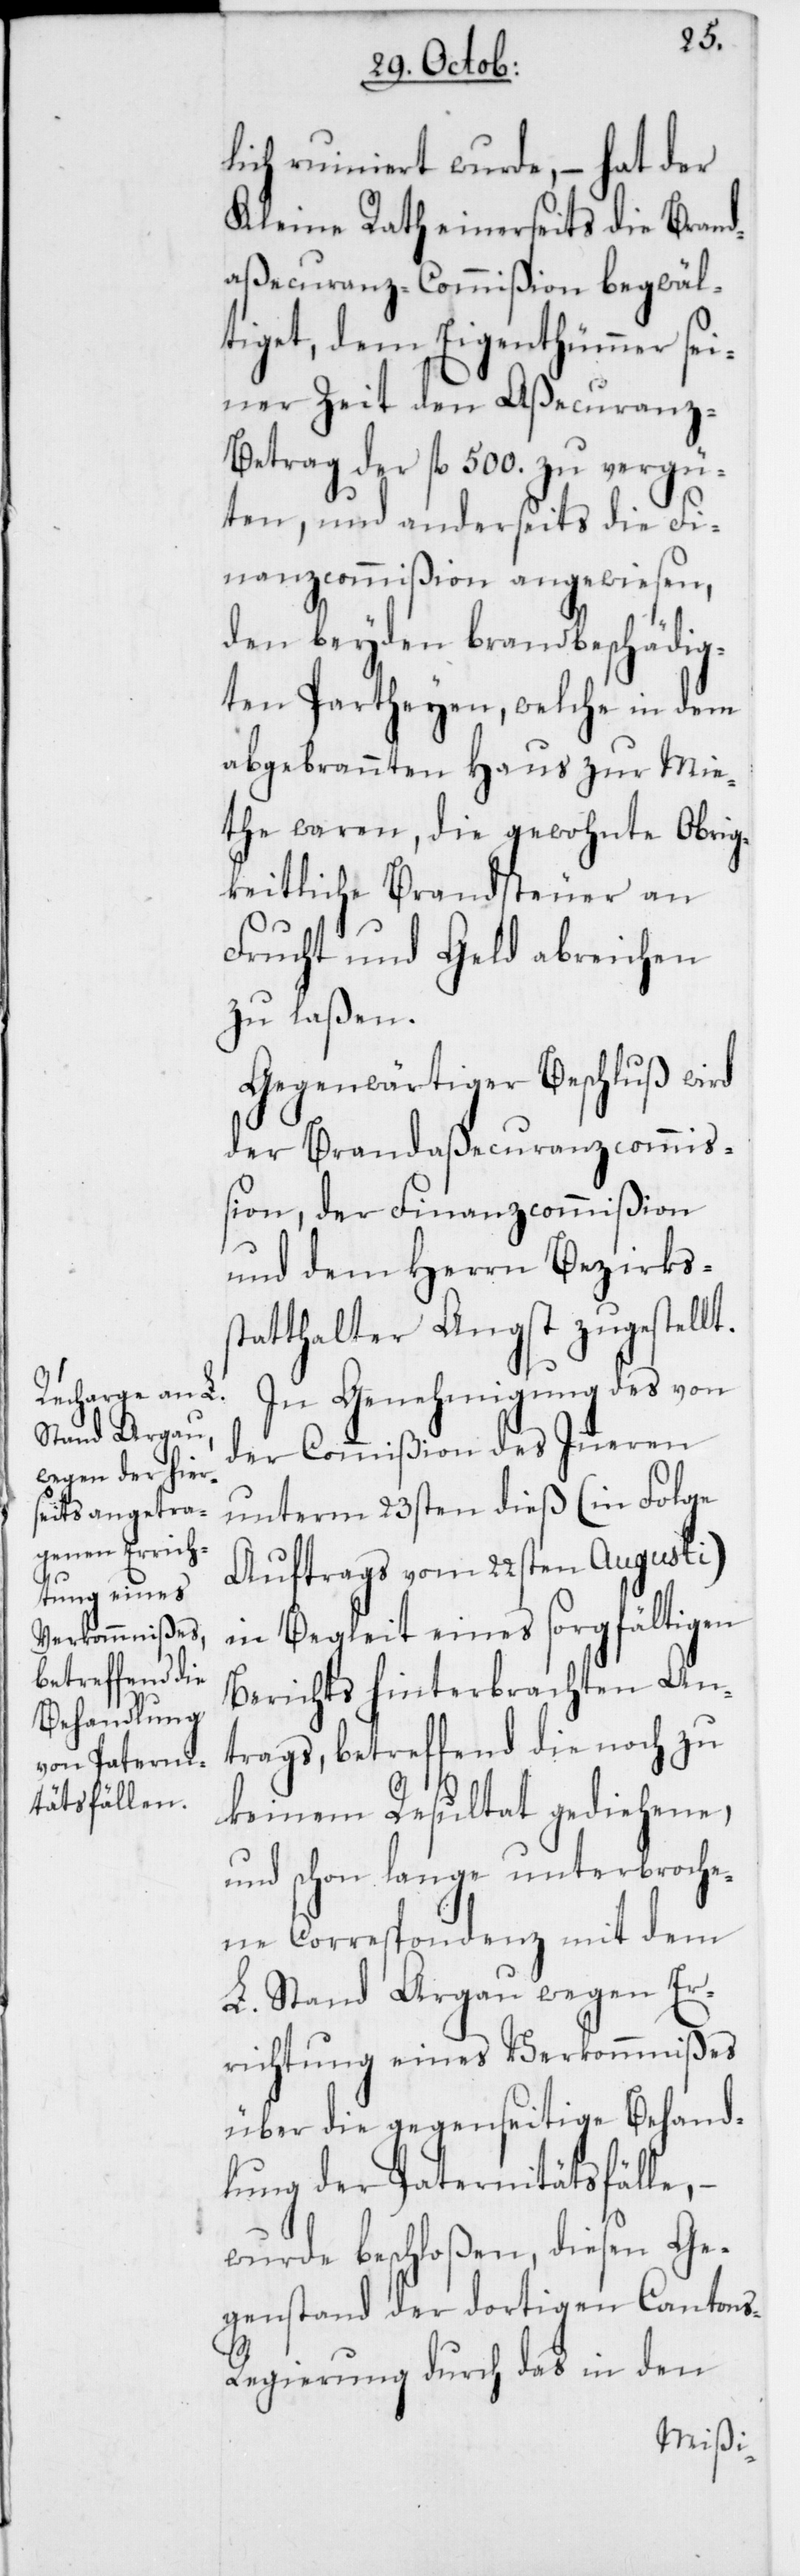
s-R¬
lich ruiniert wurde, – hat der
Kleine Rath einerseits die Brand¬
aßecuranz-Commißion begwäl¬
tiget, dem Eigenthümer sei¬
ner Zeit den Aßecuranz-B¬
etrag der fl. 500. zu vergü¬
ten, und anderseits die Fi¬
nanzcommißion angewiesen,
den beyden brandbeschädig¬
ten Partheyen, welche in dem
abgebrannten Haus zu Mie¬
the waren, die gewohnte Obrig¬
keitliche Brandsteuer an
Frucht und Geld abreichen
zu laßen.
Gegenwärtiger Beschluß wird
der Brandaßecuranzcommiß¬
ion, der Finanzcommißion
und dem Herrn Bezirkss¬
tatthalter Angst zugestellt.
In Genehmigung des von
der Commißion des Inneren
unterm 23sten dieß (in Folge
Auftrags vom 22sten Augusti)
in Begleit eines sorgfältigen
Berichts hinterbrachten An¬
trags, betreffend die noch zu
keinem Resultat gediehene,
und schon lange unterbroche¬
ne Correspondenz mit dem
L. Stand Argau wegen Er¬
richtung eines Verkommnißes
über die gegenseitige Behand¬
lung der Paternitätsfälle, –
wurde beschloßen, diesen Ge¬
genstand der dortigen Canton¬
egierung durch das in den